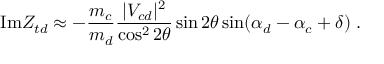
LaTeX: \mathrm { I m } Z _ { t d } \approx - { \frac { m _ { c } } { m _ { d } } } { \frac { | V _ { c d } | ^ { 2 } } { \cos ^ { 2 } 2 \theta } } \sin 2 \theta \sin ( \alpha _ { d } - \alpha _ { c } + \delta ) \; .